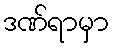
ဒဏ်ရာမှာ